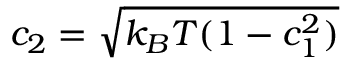
c _ { 2 } = \sqrt { k _ { B } T ( 1 - c _ { 1 } ^ { 2 } ) }